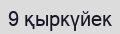
9 қыркүйек